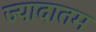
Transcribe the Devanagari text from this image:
ज्यादातम